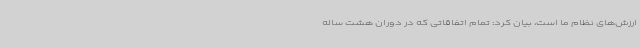
ارزش‌های نظام ما است، بیان کرد: تمام اتفاقاتی که در دوران هشت ساله